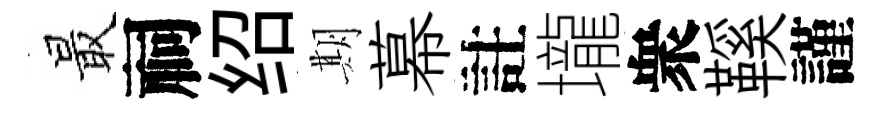
最祠绍期幕註壠衆鞵謹